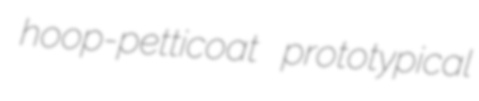
hoop-petticoat prototypical